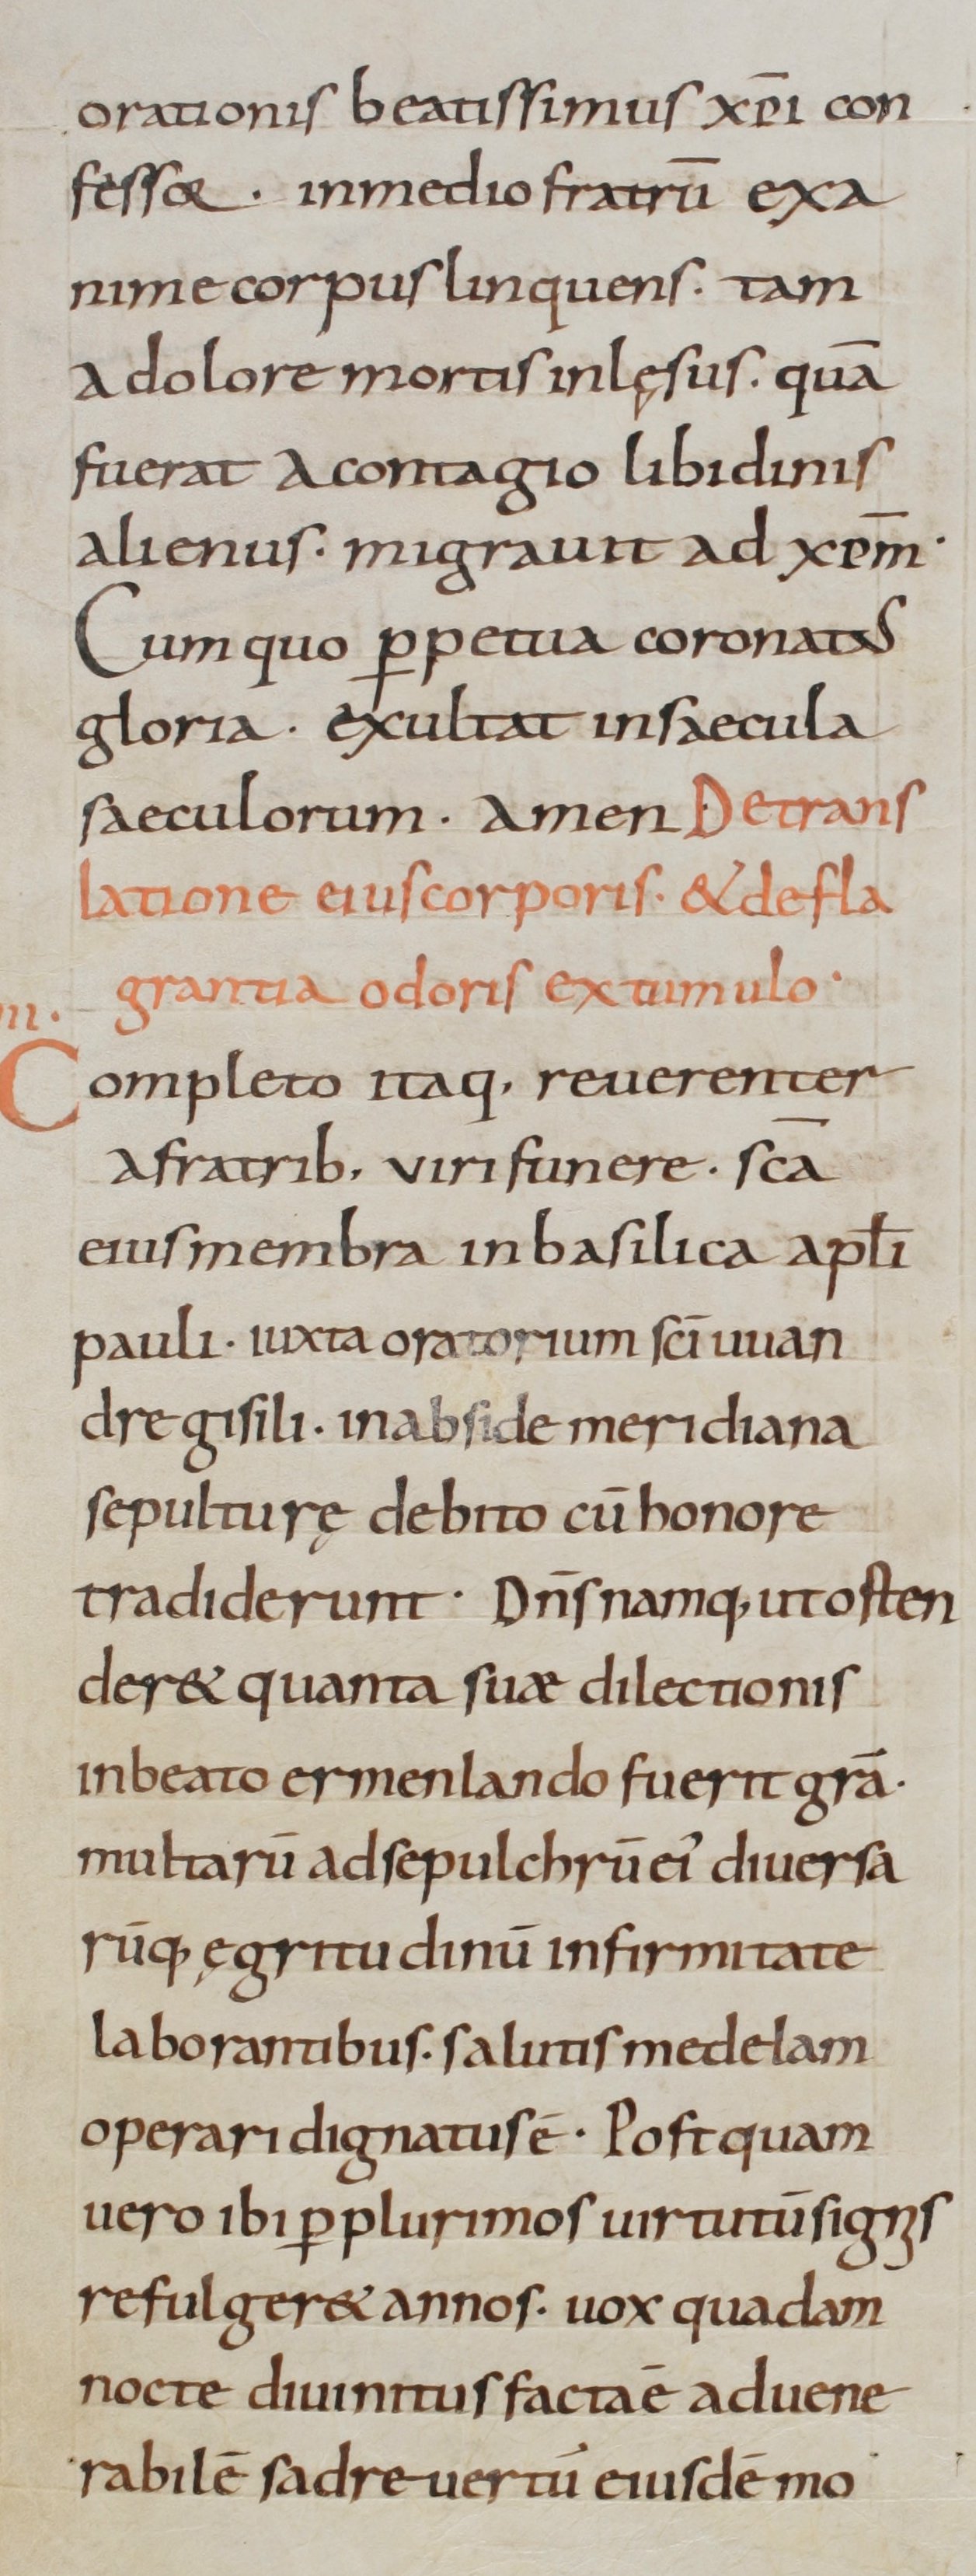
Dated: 800–999